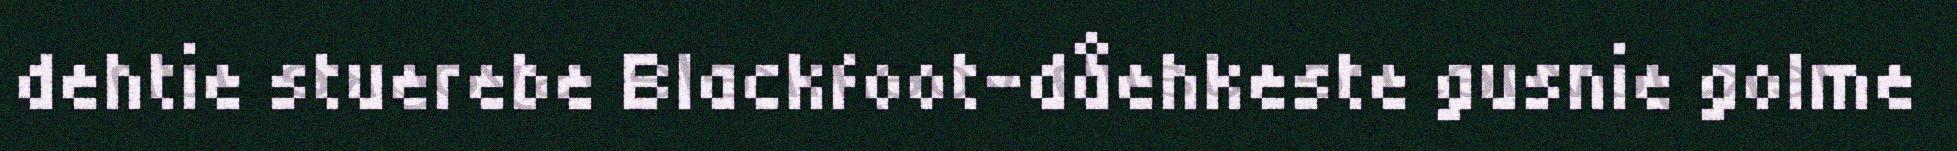
dehtie stuerebe Blackfoot-dåehkeste gusnie golme